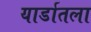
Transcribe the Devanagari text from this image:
यार्डातला